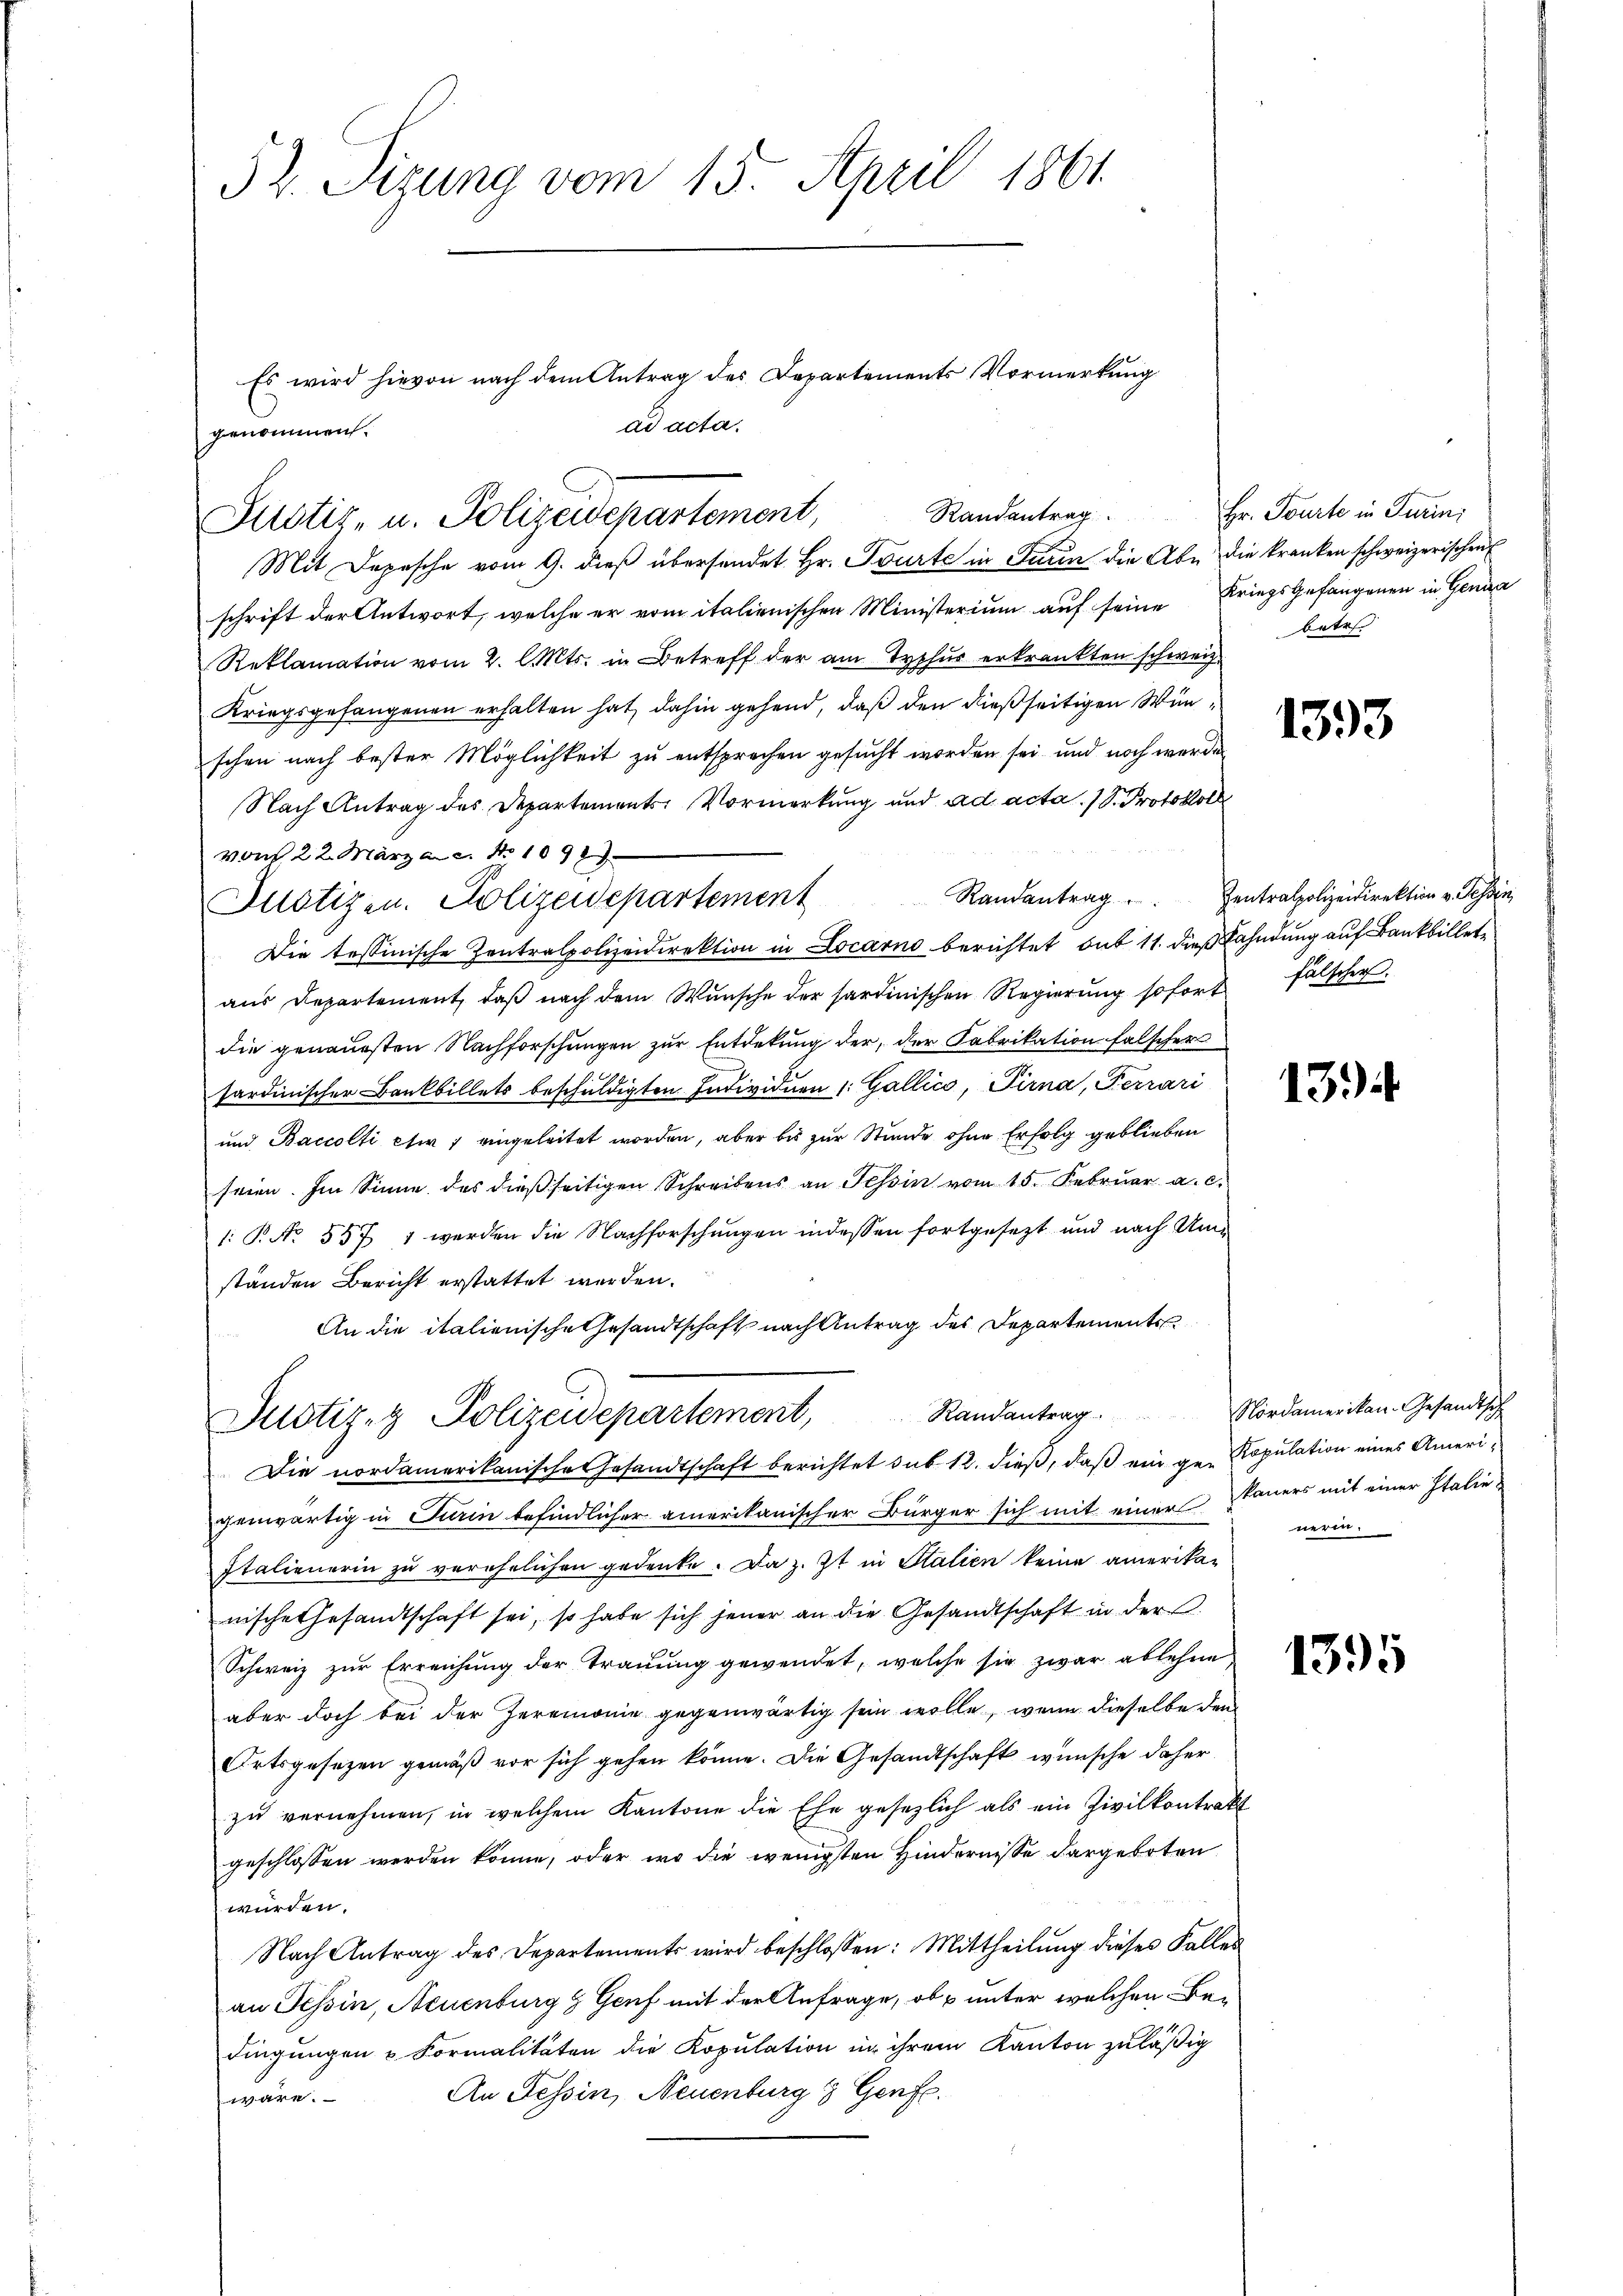
52. Sizung vom 15. April 1861

genommen.

Justiz- u. Polizeidepartement,

Es wird hievon nach dem Antrag des Departements Vormerkung
ad acta.

Mit Depesche vom 9. dieß übersendet Hr. Tourte in Turin die Aber die kranken schweizerischen
schrift der Antwort, welche er vom italienischen Ministerium auf seine Kriegsgefangenen in Genda
Reklamation vom 2. l. Mts. in Betreff der am Tychus erkrankten schweiz.
Kriegsgefangenen erhalten hat, dahin gehend, daß den dießseitigen Wünschen nach bester Möglichkeit zu entsprechen gesucht worden sei, und noch werde
Nach Antrag des Departements-Vormerkung und ad acta. D. Protokoll
von 22. März a.c. Nr. 1092
Justizen. Polizeidepartement
Die tessinische Zentralpolizeidirektion in Locarno berichtet, bis 11. dieß Kahndung auf Bankill
aus Departement, daß nach dem Wunsche der sardinischen Regierŭng sofort fälscher
die genauesten Nachforschungen zur Entdekung der, der Fabrikation falscher
sardinischer Bankbillets beschuldigten Individuen 1. Gallico, Pirna, Ferrari
und Baccolti et 7 eingeleitet worden, aber bis zur Stunde ohne Erfolg geblieben
seien. Im Sinne des dießseitigen Schreibens an Tessin vom 15. Februar a. c.
1: P. No. 557 1 werden die Nachforschungen indessen fortgesezt und nach Umständen Bericht erstattet werden.
An die italienische Gesandtschaft nach Antrag des Departemente
Randantrag. Nordamerikan-Gesandtsch
Justizez Polizeidepartement,
Die nordamerikanische Gesandtschaft berichtet sub 12. dieß, daß ein ge Kopulation eines Amerigenwärtig in Turin befindlicher amerikanischer Bürger sich mit einer Bauers mit einer Italie-
Italienerin zu verehelichen gedenke. Da z. Zt. in Stalien keine amerika-
nische Gesandtschaft sei, so habe sich jener an die Gesandtschaft in der
Schweiz zur Erreichung der Trauung gewendet, welche sie zwar ablehne
aber doch bei der Zeremonie gegenwärtig sein wolle, wenn dieselbe den
Ortsgesezen gemäß vor sich gehen könne. Die Gesandtschaft wünsche daher
zu vernehmen, in welchem Kantone die Ehe gesezlich als ein Zivilkontrakt
geschlossen werden könne, oder wo die wenigsten Hindernisse dargeboten
würden.
Nach Antrag des Departements wird beschlossen: Mittheilung dieses Falles
an Tessin, Neuenburg & Genf mit der Anfrage, ob unter welchen Bedingungen & Formalitäten die Kopulation in ihrem Kanton zuläßig
wäre. An Tessin, Neuenburg 3 Genfe

Randantrag. Hr. Tourte in Turini
betr.

1393

Randantrag. Zentralpolizeidirektion v. Tessin,

1394

nerer

1395